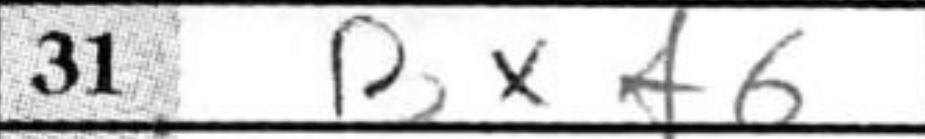
Transcription: Bxf6